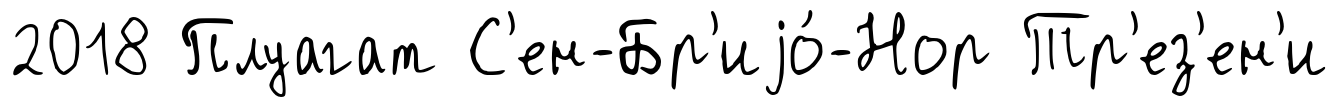
2018 Плуагат С'ен-Бр'иjо́-Нор Тр'ез'ен'и